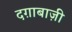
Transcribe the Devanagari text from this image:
दग़ाबाज़ी